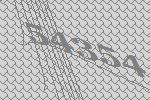
54354